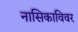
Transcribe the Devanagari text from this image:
नासिकाविवर